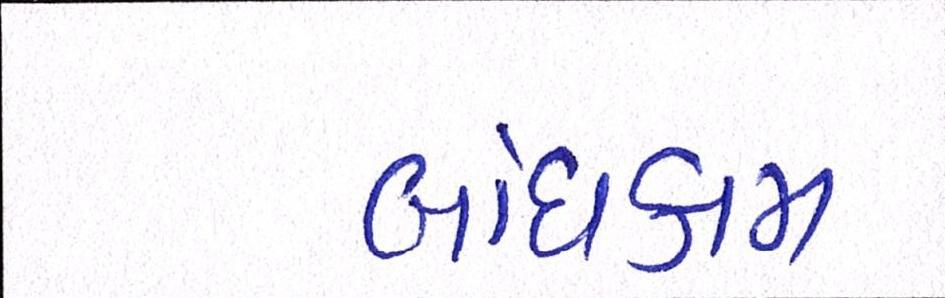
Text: બાંધકામ